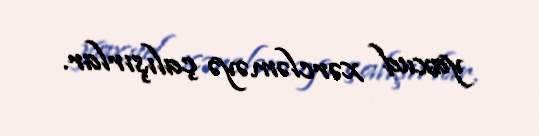
yaxud xərcləməyə çalışırlar.